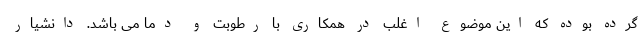
گرده بوده که این موضوع اغلب در همکاری با رطوبت و دما می باشد. دانشیار